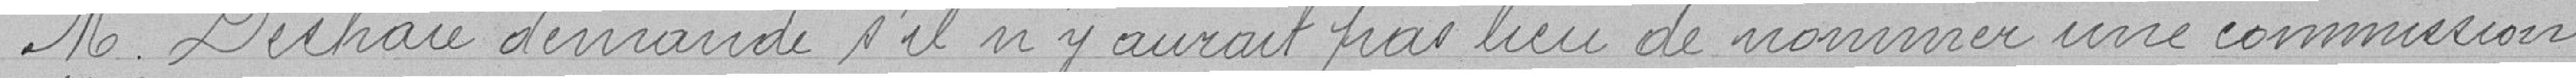
Monsieur Deshaie demande s'il n'y aurait pas lieu de nommer une commission